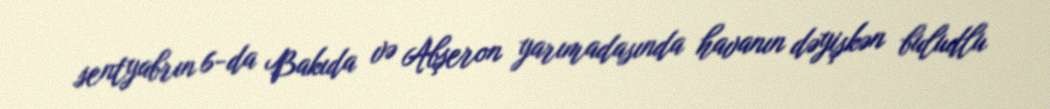
sentyabrın 6-da Bakıda və Abşeron yarımadasında havanın dəyişkən buludlu